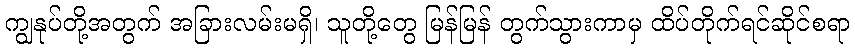
ကျွနုပ်တို့အတွက် အခြားလမ်းမရှိ၊ သူတို့တွေ မြန်မြန် တွက်သွားကာမှ ထိပ်တိုက်ရင်ဆိုင်စရာ